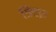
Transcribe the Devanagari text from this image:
त्रिचक्र